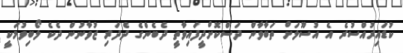
ކުޑައިރުއްސުރެ އެ އުސޫލަށް ތަބާވާން ދަސްކޮށްދީފައިވާތީ ދެބެންގެ ދެދަރި ޒުވާނުން ދެކެ ލޯބިވުމަކީ